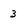
Character: 3